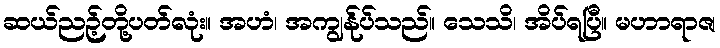
ဆယ်ညဉ့်တို့ပတ်လုံး။ အဟံ၊ အကျွန်ုပ်သည်။ သေသိ၊ အိပ်ရပြီ။ မဟာရာဇ၊